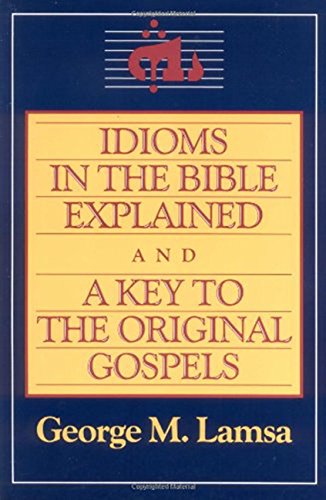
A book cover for Idioms in the Bible Explained and a Key to the Original Gospels; George M. Lamsa; Reference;